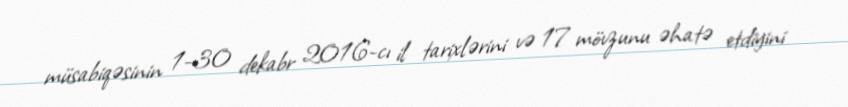
müsabiqəsinin 1-30 dekabr 2016-cı il tarixlərini və 17 mövzunu əhatə etdiyini